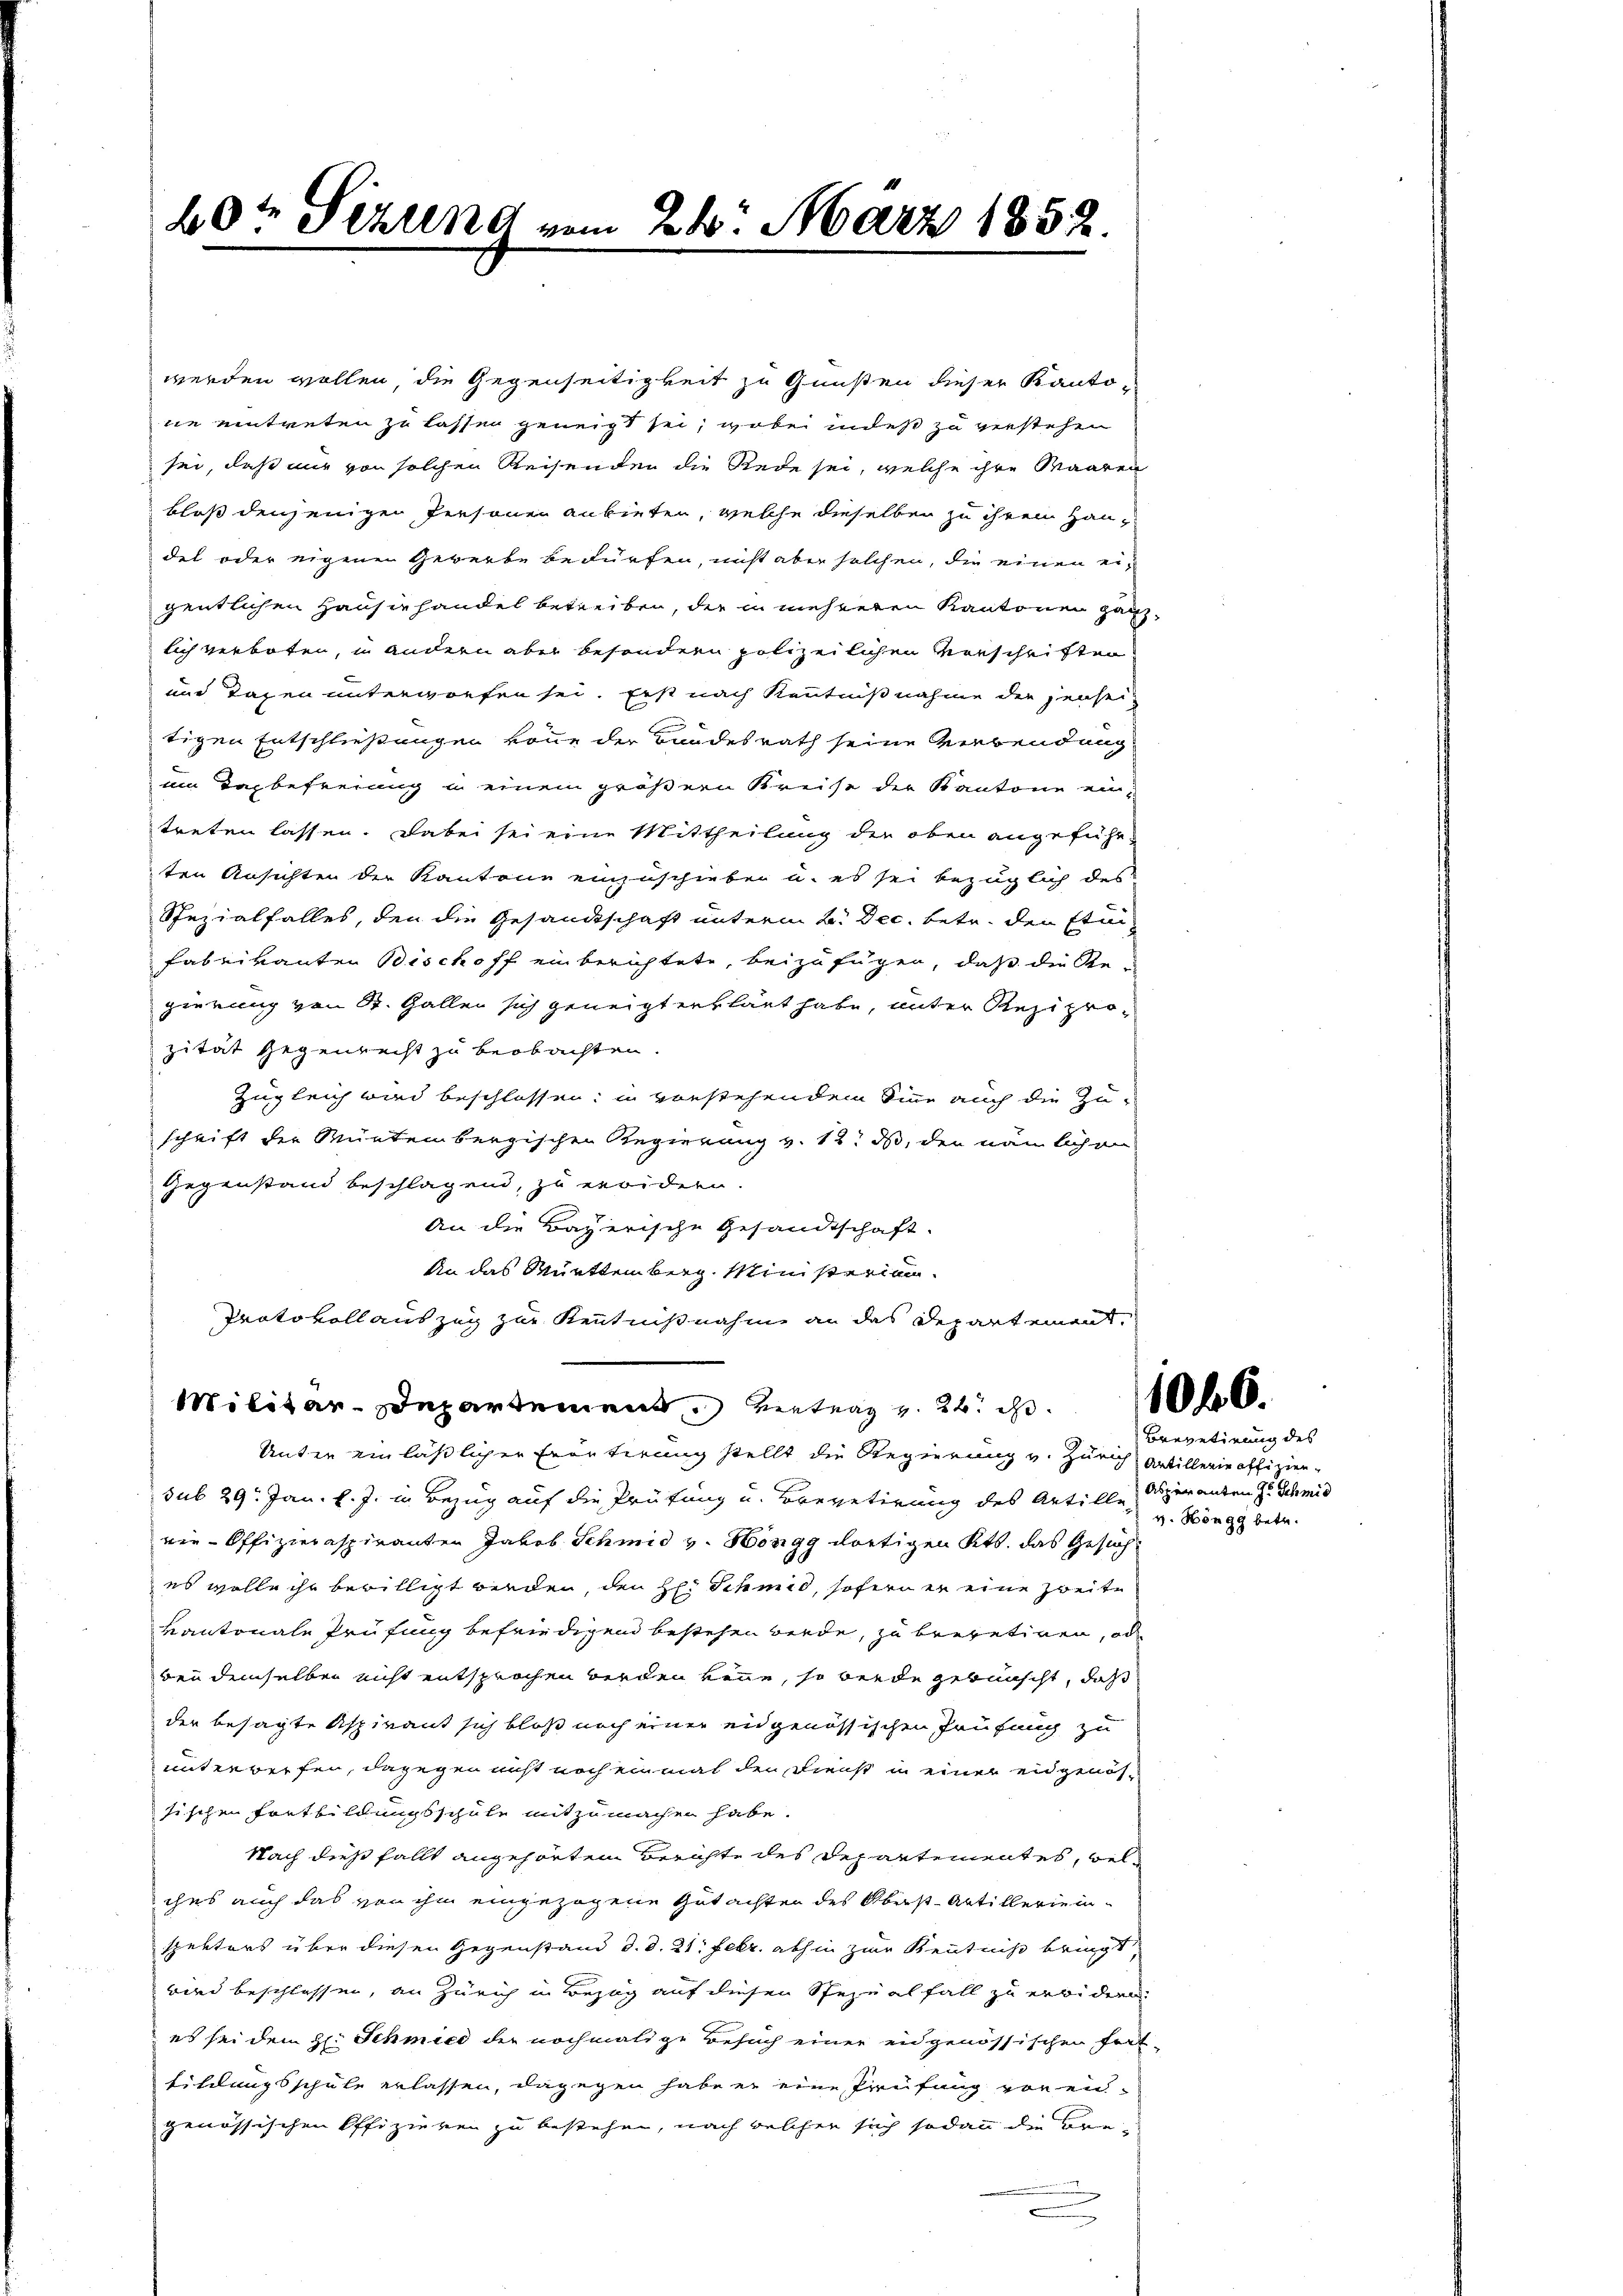
49te Sitzung vom 24. März 1852.

werden wollen, die Gegenseitigkeit zu Gunsten dieser Kanton
ne eintreten zu lassen geneigt sei, wobei indeß zu verstehen
sei, daß nur von solchen Reisenden die Rede sei, welche ihre Waaren
bloß denjenigen Personen anbieten, welche dieselben zu ihren Haudet oder eigenen Gewerbe bedürfen, nicht aber solchen, die einen ei-
gentlichen Hauserhandel betreiben, der in mehreren Kantonen ganzlich verboten, u andern aber besondern polizeilichen Vorschriften
und Taxen unterworfen sei. Erst nach Kenntnißnahme der jenseitigen Entschließungen könne der Bundesrath seine Verbendung
um Tagbefreiung in einem größern Kreise der Kantone ein-
treten lassen. Dabei sei eine Mittheilung der oben angeführ-
ten Ansichten der Kantone einzuschieben u. es sei bezüglich des
Spezialfalles, den die Gesandtschaft unterm 2. Dec. betr. den Etui¬
Fabrikanten Bischoff einberichtete, beizufügen, daß die Regierung von St. Gallen sich geneigt erklärt habe, unter Reziprozität gegenrecht zu beobachten.
Zugleich wird beschlossen; in vorstehendem Sinne auch die Zuschrift der Müntembergischen Regierung v. 12. ds, den nämlichen
Gegenstand beschlagend, zu erwidern.
An die Bayerische Gesandtschaft.
An das Muettenberg. Ministerium
Protokoll auszug zur Kenntnißnahme an das Departement¬
Militar-Departement vertrag v. 24. d.
Unter einläßlicher Erörterung stellt die Regierung v. Zürich Artillerie offiziensub 29. Jan. l. J. in Bezug auf die Prüfung u. Brevetirung des Artille, Operanten zu Schmid
rie-Offizieraspiranten Jakob Schmid v. Höngg dortigen Kts. das Gesuch
es wolle ihr bewilligt werden, den H. Schmid, sofern er eine Zweite
kantonale Prüfung befriedigend bestehen werde, zu brevetiren, od
bei demselben nicht entsprochen werden könne, so werde gebünscht, daß
der besagte Aspirant sich bloß noch einer eidgenössischen Prüfung zu
unterwerfen, dagegen nicht noch einmal der Dienst in einer eidgenössischen Fortbildungsschule mitzumachen habe.
Nach dieß fällt angehörten Berichte des Departementes, welches auch das von ihm eingezogene Gutachten des Oberst-Artillerie in-
spektors über diesen Gegenstand d. d. 21. Febr. abhin zur Kenntniß bringt,
wird beschlossen, an Zürich in Bezug auf diesen Spezialfall zu erwidern.
es sei dem H. Schmied der nochmalige Besuch einer eidgenössischen Fort-
tildungsschule erlassen, dagegen habe er eine Prüfung voren-
genössischen Offizieren zu bestehen, nach welchen sich sodann die Be-
.
n

Brevetirung des
v. Höngg betr.

1066.